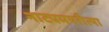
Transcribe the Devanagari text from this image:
नाट्यमयरीत्या